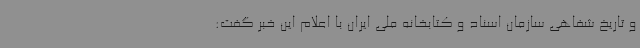
و تاریخ شفاهی سازمان اسناد و کتابخانه ملی ایران با اعلام این خبر گفت: